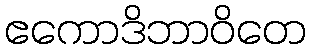
ဧကောဒိဘာဝိတေ